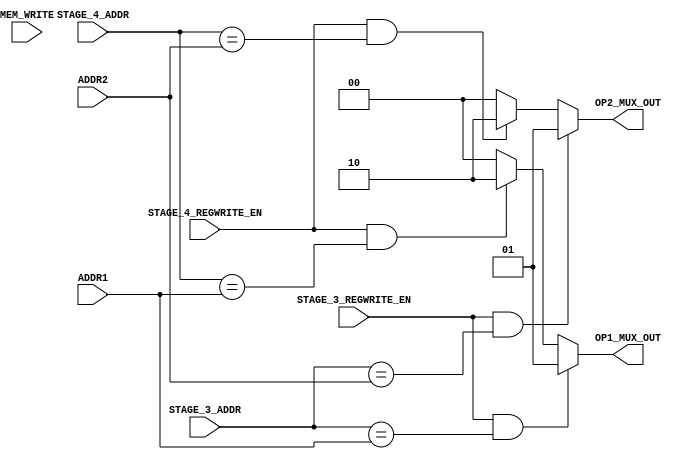

 /*______________________________________________________________________________
  |                                                                              |
  |  File Name         -stage3_forward_unit.v                                    |
  |  Created By        -Group1(E17)                                              |
  |  Project/ Course   -CO502                                                    |
  |  Institute         -University of peradeniya                                 |
  |  Date              -05.04.2023                                               |
  |  Discription       -Forwading unit1                                          |
  |______________________________________________________________________________|
  
*/


`timescale 1ns/100ps

module stage3_forward_unit(MEM_WRITE, ADDR1, ADDR2, STAGE_3_ADDR, STAGE_3_REGWRITE_EN, STAGE_4_ADDR, STAGE_4_REGWRITE_EN, OP1_MUX_OUT, OP2_MUX_OUT);

    input [4:0] ADDR1, ADDR2; //declare the inputs

    input [4:0] STAGE_3_ADDR, STAGE_4_ADDR;
    input STAGE_3_REGWRITE_EN, STAGE_4_REGWRITE_EN;
    input MEM_WRITE; //  data memory write enabke signal
    output reg [1:0] OP1_MUX_OUT, OP2_MUX_OUT; // declare the outputs as registers

    always @ (*) // always block to simulate the procedure
    begin
        // The logic flow for the operand 1
        if (STAGE_3_REGWRITE_EN == 1'b1 && STAGE_3_ADDR == ADDR1)
            begin
                // fowarding the data from stage 3
                OP1_MUX_OUT = 2'b01;
            end
        else if (STAGE_4_REGWRITE_EN == 1'b1 && STAGE_4_ADDR == ADDR1)
            begin
                // fowarding the data from stage 4
                OP1_MUX_OUT = 2'b10;
            end
        
        else
            begin
                // no fowarding
                OP1_MUX_OUT = 2'b00;
            end
       
        
        // The logic flow for the operand 1
        if (STAGE_3_REGWRITE_EN == 1'b1 && STAGE_3_ADDR == ADDR2)
            begin
                // fowarding the data from stage 3
                OP2_MUX_OUT = 2'b01;
            end
        else if (STAGE_4_REGWRITE_EN == 1'b1 && STAGE_4_ADDR == ADDR2)
            begin
                // fowarding the data from stage 4
                OP2_MUX_OUT = 2'b10;
            end
      
        else
            begin
                // no fowarding
                OP2_MUX_OUT = 2'b00;
            end

        
    end
    
endmodule